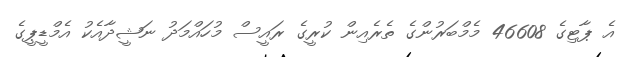
އެ ޕާޓިގެ 46608 މެމްބަރުންގެ ތެރެއިން ކުރީގެ ރައީސް މުހައްމަދު ނަޝީދާއެކު އެމްޑީޕީގެ